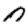
Digit: 0